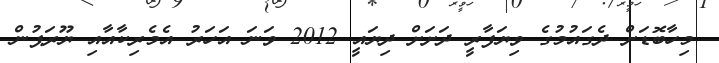
މިހާބޮޑަށް ދެގައުމުގެ ވިޔަފާރީ ދަށަށް ދިޔައީ 2012 ވަނަ އަހަރު އެމެރިކާއާއި ޔޫރަޕުން